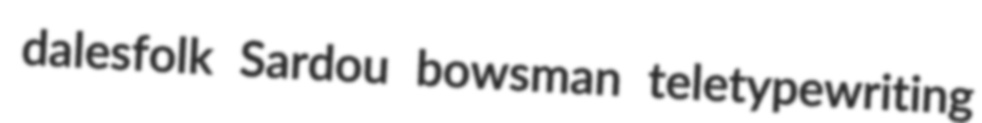
dalesfolk Sardou bowsman teletypewriting